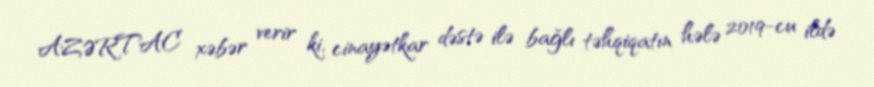
AZƏRTAC xəbər verir ki, cinayətkar dəstə ilə bağlı təhqiqatın hələ 2019-cu ildə